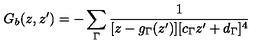
G _ { b } ( z , z ^ { \prime } ) = - \sum _ { \Gamma } \frac { 1 } { [ z - g _ { \Gamma } ( z ^ { \prime } ) ] [ c _ { \Gamma } z ^ { \prime } + d _ { \Gamma } ] ^ { 4 } }